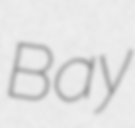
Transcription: Bay